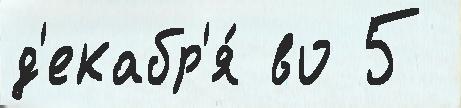
д'екабр'я́ во 5